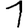
Digit: 1